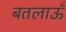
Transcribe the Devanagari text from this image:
बतलाऊँ